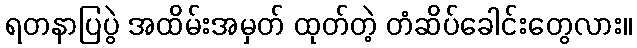
ရတနာပြပွဲ အထိမ်းအမှတ် ထုတ်တဲ့ တံဆိပ်ခေါင်းတွေလား။